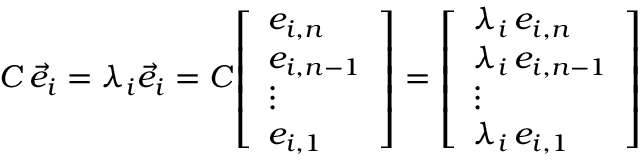
C \, { \vec { e } } _ { i } = \lambda _ { i } { \vec { e } } _ { i } = C { \left[ \begin{array} { l } { e _ { i , n } } \\ { e _ { i , n - 1 } } \\ { \vdots } \\ { e _ { i , 1 } } \end{array} \right] } = { \left[ \begin{array} { l } { \lambda _ { i } \, e _ { i , n } } \\ { \lambda _ { i } \, e _ { i , n - 1 } } \\ { \vdots } \\ { \lambda _ { i } \, e _ { i , 1 } } \end{array} \right] }